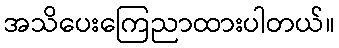
အသိပေးကြေညာထားပါတယ်။